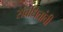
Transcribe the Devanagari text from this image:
संबंधितांची